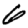
Digit: 6